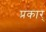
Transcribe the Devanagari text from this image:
प्रकार्